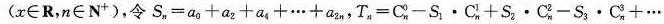
(x ∈ R,n ∈ N^{+} )$$,令 $$S_{n} = a_{0} + a_{2} + a_{4} + … + a_{2n}$$,$$T_{n} = C_{n}^{0} - S_{1} \cdot C_{n}^{1} + S_{2} \cdot C_{n}^{2} + S_{3} \cdot C_{n}^{3} +…